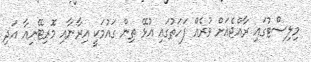
މިލިސްޓުގައި ރާއްޖެއަށް ވުރެއް ފަހަތުގައި އުޅޭ ތިން ގައުމަކީ އިރާނާއި މޮރިޓޭނިއާ އަދި